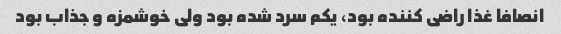
انصافا غذا راضی کننده بود، یکم سرد شده بود ولی خوشمزه و جذاب بود